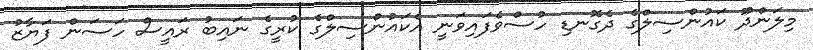
މިލަންދޫ ކައުންސިލްގެ ދެގޮނޑި ހުސްވެފައިވަނީ އެކައުންސިލްގެ ކުރީގެ ނައިބު ރައީސް ހަސަން ފަޔާޒު